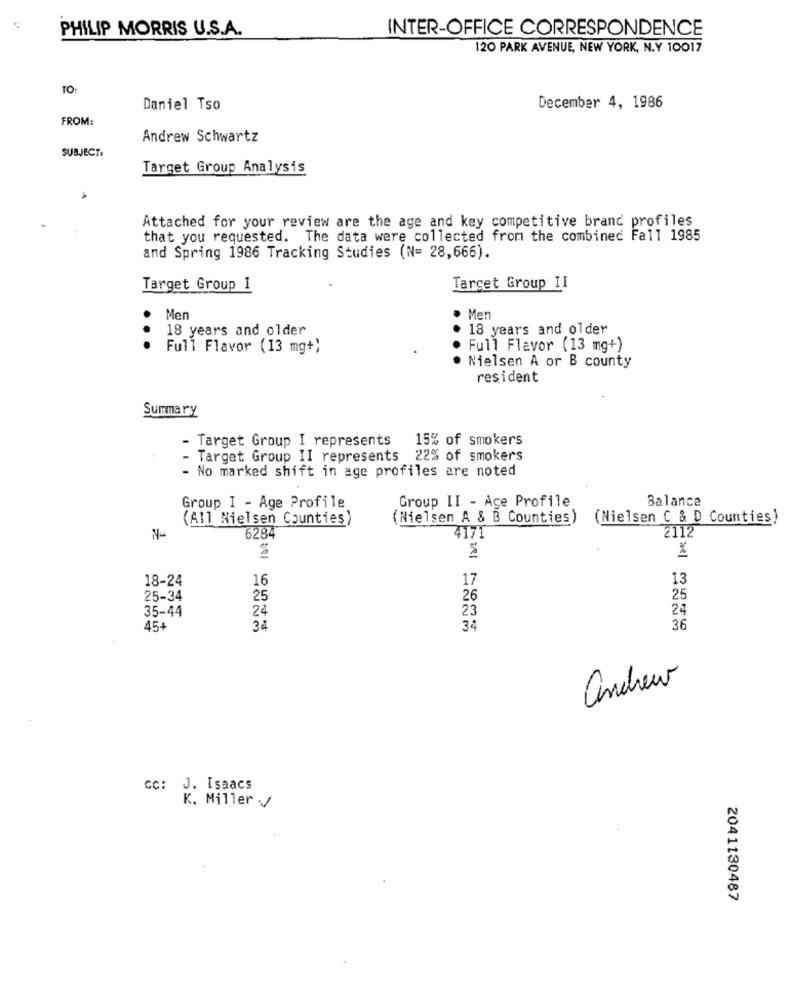
PHILIP MORRIS U.S.A.
INTER-OFFICE CORRESPONDENCE
120 PARK AVENUE, NEW YORK, N.Y 10017
TO:
Daniel Tso
December 4, 1986
FROM:
Andrew Schwartz
SUBJECT:
Target Group Analysis
Attached for your review are the age and key competitive brand profiles
that you requested. The data were collected from the combined Fall 1985
and Spring 1986 Tracking Studies (N= 28,666).
Target Group I
Target Group II
Men
Men
18 years and older
18 years and older
...
Full Flavor (13 mg+)
Full Flavor (13 mg+)
. Nielsen A or B county
resident
Summary
Target Group I represents
15% of smokers
Target Group II represents 22% of smokers
- No marked shift in age profiles are noted
Group II - Ace Profile
Balance
Group I - Age Profile
(All Nielsen Counties)
(Nielsen A & B Counties)
(Nielsen C & D Counties)
6284
4171
2112
18-24
17
13
16
25-34
25
26
25
35-44
24
23
24
36
45+
34
34
andrew
CC: J. Isaacs
K. Miller /
2041130487